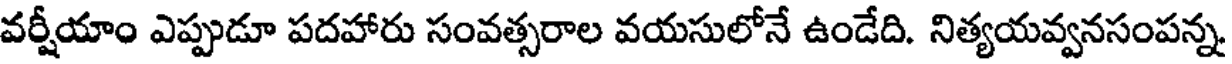
వర్షీయాం ఎప్పుడూ పదహారు సంవత్సరాల వయసులోనే ఉండేది. నిత్యయవ్వనసంపన్న